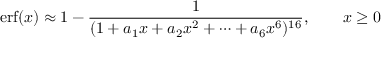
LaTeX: \operatorname { e r f } ( x ) \approx 1 - { \frac { 1 } { ( 1 + a _ { 1 } x + a _ { 2 } x ^ { 2 } + \cdots + a _ { 6 } x ^ { 6 } ) ^ { 1 6 } } } , \qquad x \geq 0